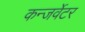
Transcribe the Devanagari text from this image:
कन्जर्वेटर